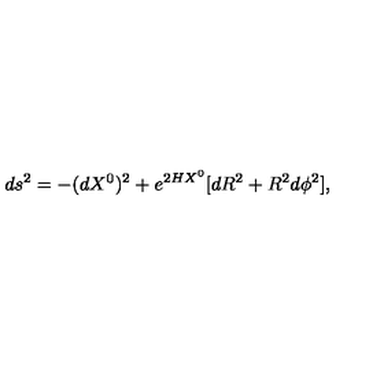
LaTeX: d s ^ { 2 } = - ( d X ^ { 0 } ) ^ { 2 } + e ^ { 2 H X ^ { 0 } } [ d R ^ { 2 } + R ^ { 2 } d \phi ^ { 2 } ] ,